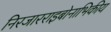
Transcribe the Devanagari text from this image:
निरजारराइबोनाभिकीय